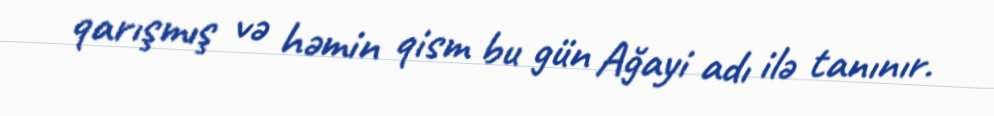
qarışmış və həmin qism bu gün Ağayi adı ilə tanınır.